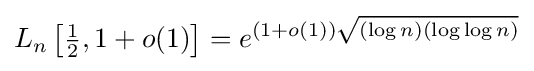
L_{n}\left[{\tfrac {1}{2}},1+o(1)\right]=e^{(1+o(1)){\sqrt {(\log n)(\log \log n)}}}